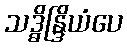
သဒ္ဓိန္ဒြိယံပေ